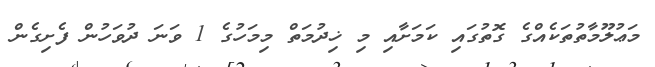
މަޢުލޫމާތުތަކެއްގެ ގޮތުގައި ކަމަށާއި މި ޚިދުމަތް މިމަހުގެ 1 ވަނަ ދުވަހުން ފެށިގެން